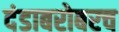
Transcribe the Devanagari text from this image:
दंडाबरोबरच